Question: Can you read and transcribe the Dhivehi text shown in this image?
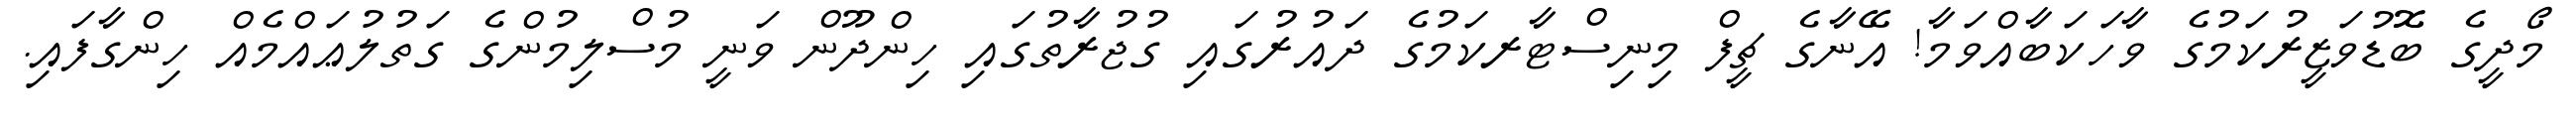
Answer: މޯދީގެ ބޮޮޑުވަޒީރުކަމުގެ ވާހަކަބާއްވަމާ! އޭނާގެ ޗީފް މިނިސްޓާރކަމުގެ ދައުރުގައި ގުޖުރާތުގައި ހިންދޫން ވަނީ މުސްލިމުންގެ ގަތުލުޢައްމެއް ހިންގާފައި.